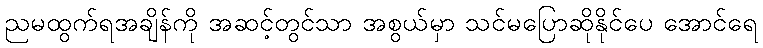
ညမထွက်ရအချိန်ကို အဆင့်တွင်သာ အစွယ်မှာ သင်မပြောဆိုနိုင်ပေ အောင်ရေ